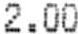
2.00